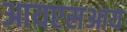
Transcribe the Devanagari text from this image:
आयएसआय